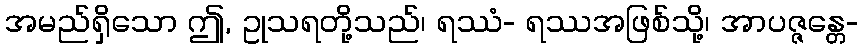
အမည်ရှိသော ဤ, ဥုသရတို့သည်၊ ရဿံ- ရဿအဖြစ်သို့၊ အာပဇ္ဇန္တေ-